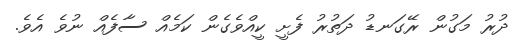
ދުރު މަގުން ރޭގަނޑު ދަތުރު ފެށީ ކީއްވެގެން ކަމެއް ސާފެއް ނުވެ އެވެ.